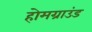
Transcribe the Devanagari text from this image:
होमग्राउंड